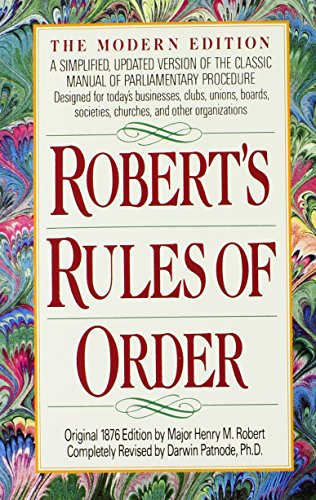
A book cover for Robert's Rules of Order; Henry M. Robert; Law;